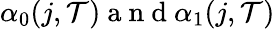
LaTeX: \alpha_{0}(j,\mathcal{T})\mathrm{{~a~n~d~}}\alpha_{1}(j,\mathcal{T})